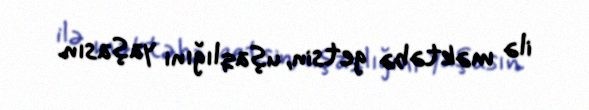
ilə məktəbə getsin, uşaqlığını yaşasın.